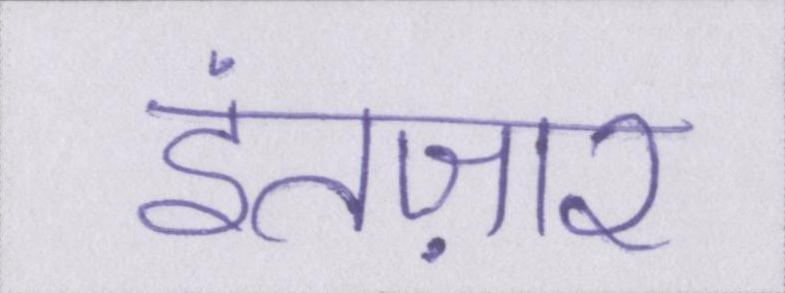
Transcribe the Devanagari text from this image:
इंतज़ार